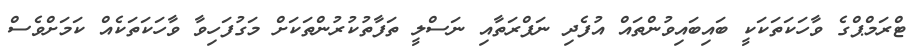
ޓްރަމްޕްގެ ވާހަކަތަކަކީ ބައިބައިވުންތައް އުފެދި ނަފްރަތާއި ނަސްލީ ތަފާތުކުރުންތަކަށް މަގުފަހިވާ ވާހަކަތަކެއް ކަމަށްވެސް